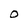
Character: O